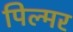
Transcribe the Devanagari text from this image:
पिल्मर